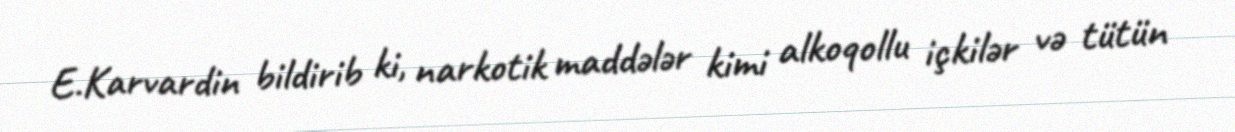
E.Karvardin bildirib ki, narkotik maddələr kimi alkoqollu içkilər və tütün